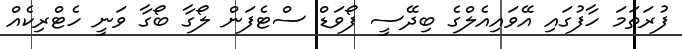
ފުރަތަމަ ހާފުގައި އޭވައިއެލްގެ ބިދޭސީ ފޯވަޑް ސްޓެފަން ލޯގާ ބޯގާ ވަނީ ހެޓްރިކެއް